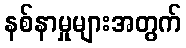
နစ်နာမှုများအတွက်